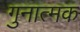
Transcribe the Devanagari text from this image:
गुनात्मक